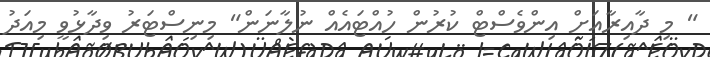
" މި ދާއިރާއަށް އިންވެސްޓް ކުރުން ހުއްޓައެއް ނުލާނަން" މިނިސްޓަރު ވިދާޅުވީ މިއަދު